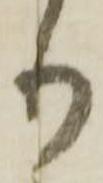
り